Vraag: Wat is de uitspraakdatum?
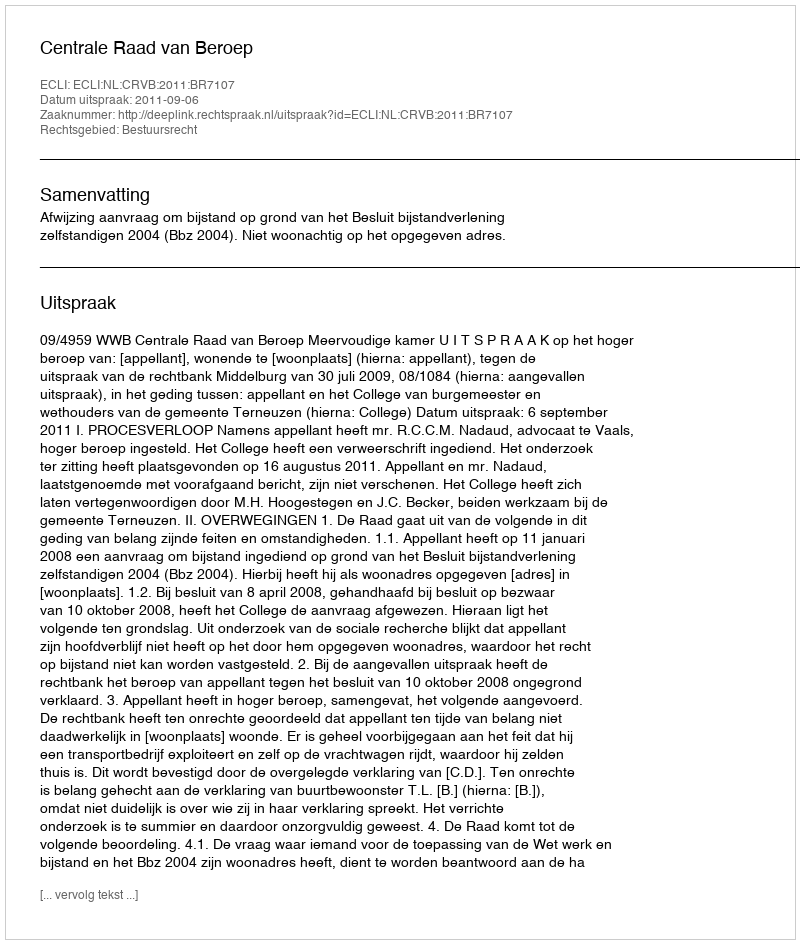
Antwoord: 2011-09-06